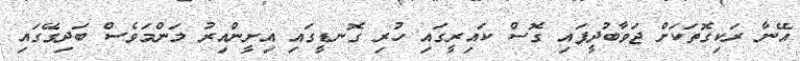
އޭނާ ރަކިގޮތަކަށް ޖަވާބުދީފައި ގޮސް ކައިރީގައި ހުރި ގޮނޑީގައި އިށީންއިރު މަންމަވެސް ބަދިގޭގައި